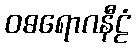
ဝဓရောဂနီဠံ